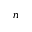
n